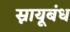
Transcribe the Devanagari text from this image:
स्नायूबंध